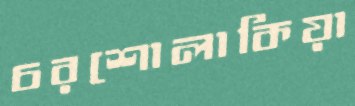
চরশোলাকিয়া